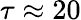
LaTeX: \tau\approx 20